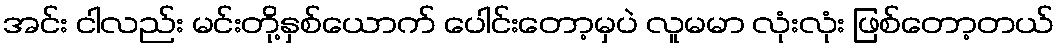
အင်း ငါလည်း မင်းတို့နှစ်ယောက် ပေါင်းတော့မှပဲ လူမမာ လုံးလုံး ဖြစ်တော့တယ်